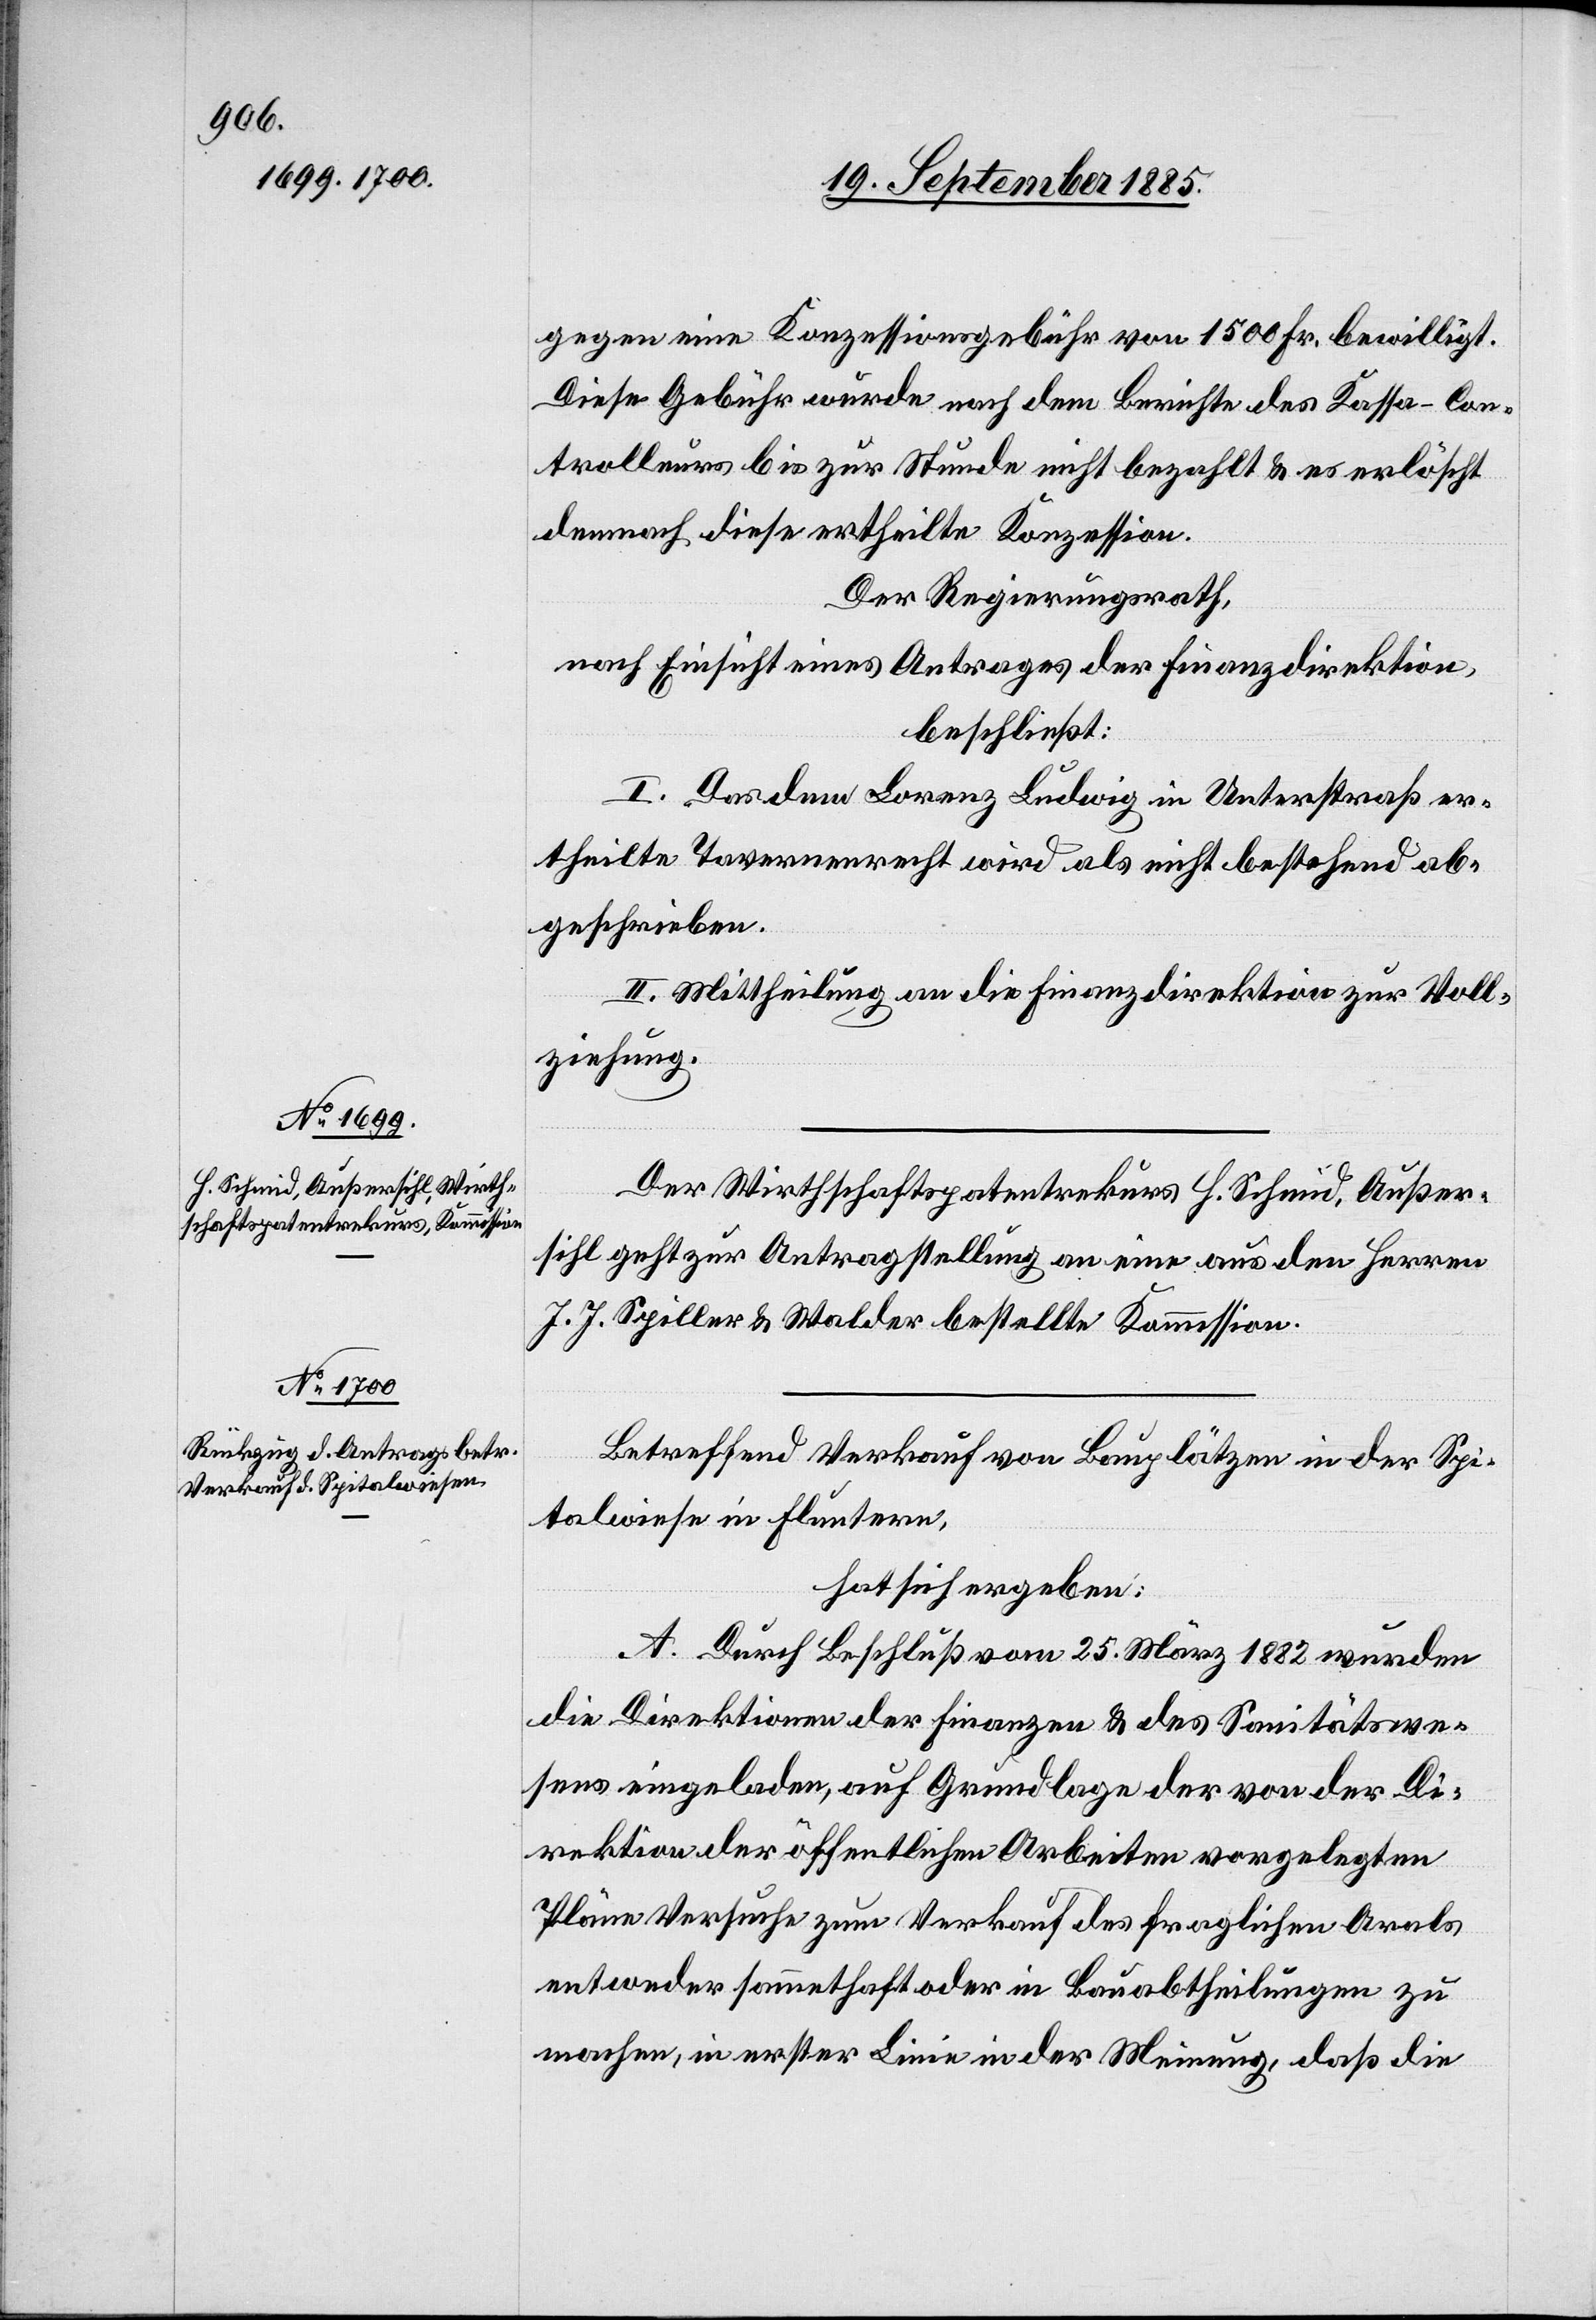
gegen eine Konzessionsgebühr von 1500 Fr. bewilligt.
Diese Gebühr wurde nach dem Berichte des Kassa-Con¬
trolleurs bis zur Stunde nicht bezahlt & es erlöscht
demnach diese ertheilte Konzession.
Der Regierungsrath,
nach Einsicht eines Antrages der Finanzdirektion,
beschließt:
I. Das dem Lorenz Ludwig in Unterstraß er¬
theilte Tavernenrecht wird als nicht bestehend ab¬
geschrieben.
II. Mittheilung an die Finanzdirektion zur Voll¬
ziehung.
Der Wirthschaftspatentrekurs H. Schmid, Außer¬
sihl geht zur Antragstellung an eine aus den Herren
J. J. Spiller & Walder bestellte Kommission.
Betreffend Verkauf von Bauplätzen in der Spi¬
talwiese in Fluntern,
hat sich ergeben:
A. Durch Beschluß vom 25. März 1882 wurden
die Direktionen der Finanzen & des Sanitätswe¬
sens eingeladen, auf Grundlage der von der Di¬
rektion der öffentlichen Arbeiten vorgelegten
Pläne Versuche zum Verkauf des fraglichen Areals
entweder sammethaft oder in Bauabtheilungen zu
machen, in erster Linie in der Meinung, daß die